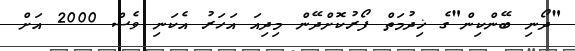
"ދޯނި ބޭންކިން"ގެ ޚިދުމަތް ފޯރުކޮށްދޭން މިދިއަ އަހަރު އެކަނި ވެސް 2000 އަށް